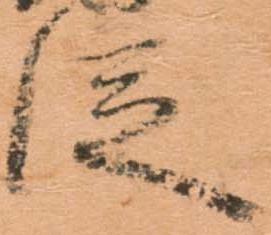
従